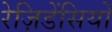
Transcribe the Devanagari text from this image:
रेज़िडेंसियों